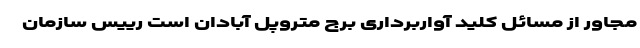
مجاور از مسائل کلید آواربرداری برج متروپل آبادان است رییس سازمان